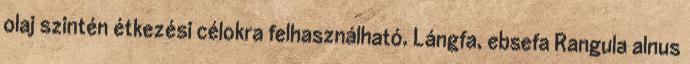
olaj szintén étkezési célokra felhasználható. Lángfa, ebsefa Rangula alnus